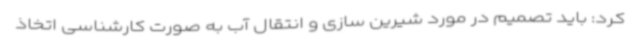
کرد: باید تصمیم در مورد شیرین سازی و انتقال آب به صورت کارشناسی اتخاذ